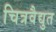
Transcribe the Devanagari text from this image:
चित्रवैद्युत